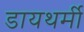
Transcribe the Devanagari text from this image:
डायथर्मी